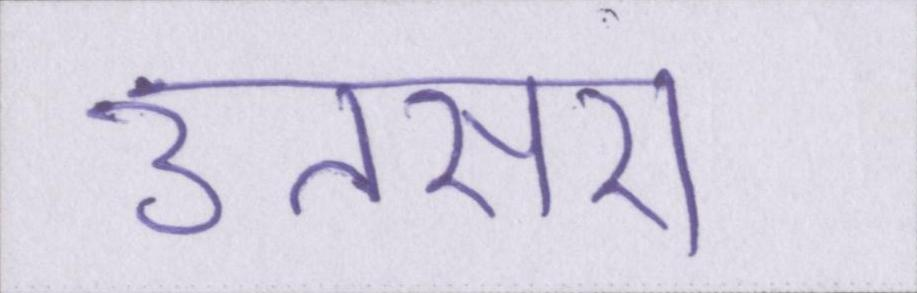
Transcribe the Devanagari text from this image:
उतसरा।